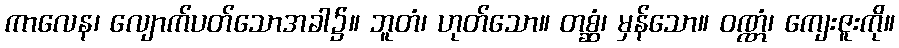
ကာလေန၊ လျောက်ပတ်သောအခါ၌။ ဘူတံ၊ ဟုတ်သော။ တစ္ဆံ၊ မှန်သော။ ဝဏ္ဏံ၊ ကျေးဇူးကို။